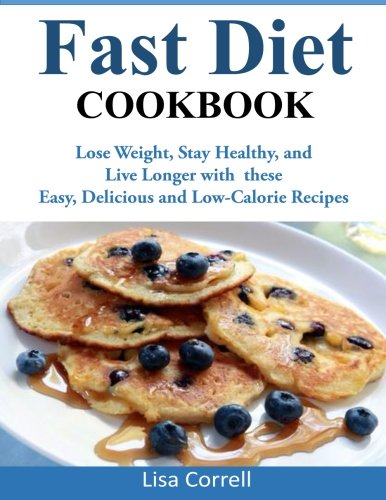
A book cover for Fast Diet Cookbook: Lose Weight, Stay Healthy, and Live Longer with these Easy, Delicious and Low-Calorie Recipes; Lisa Correll; Cookbooks, Food & Wine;